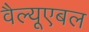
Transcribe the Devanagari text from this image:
वैल्यूएबल